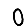
Digit: 0